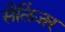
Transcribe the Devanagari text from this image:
सैलिंजर